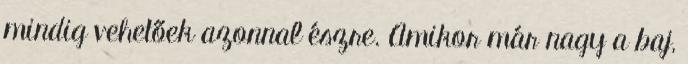
mindig vehetőek azonnal észre. Amikor már nagy a baj,